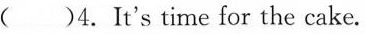
( )4.It's time for the cake.